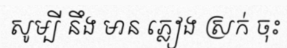
សូម្បី នឹង មាន ភ្លៀង ស្រក់ ចុះ